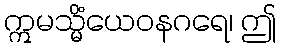
ဣမသ္မိံယေဝနဂရေ၊ ဤ